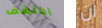
اكتشف ان